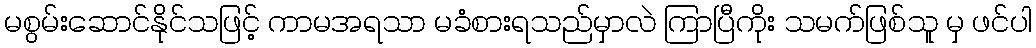
မစွမ်းဆောင်နိုင်သဖြင့် ကာမအရသာ မခံစားရသည်မှာလဲ ကြာပြီကိုး သမက်ဖြစ်သူ မှ ဖင်ပါ